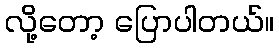
လို့တော့ ပြောပါတယ်။